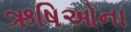
ઋષિઓના